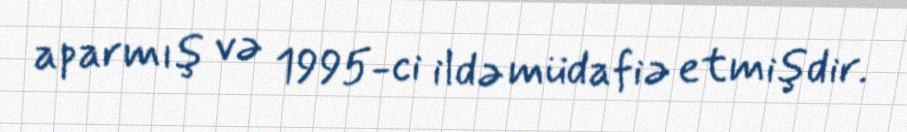
aparmış və 1995-ci ildə müdafiə etmişdir.